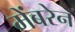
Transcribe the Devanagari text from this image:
मेंबरेन